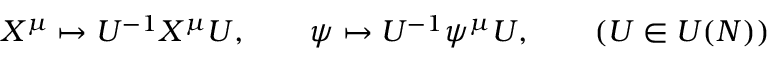
X ^ { \mu } \mapsto U ^ { - 1 } X ^ { \mu } U , \qquad \psi \mapsto U ^ { - 1 } \psi ^ { \mu } U , \qquad ( U \in U ( N ) )